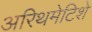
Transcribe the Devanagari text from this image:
अरिथमेटिशे